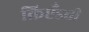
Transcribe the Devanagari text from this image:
क्रिप्टँडची